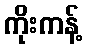
ကိုးကန့်